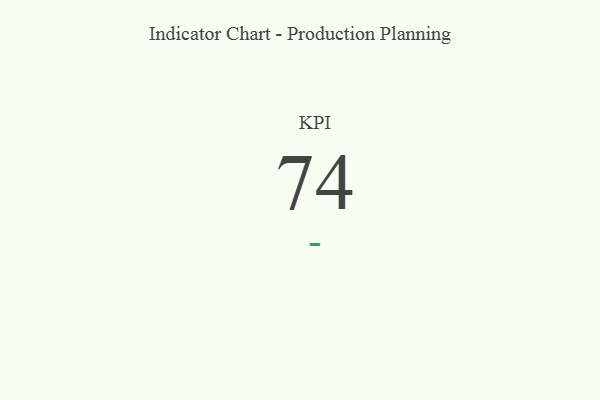
{"axis": {"x": "KPI", "y": "Value"}, "legend": [""], "data": [{"x": "KPI", "y": 74, "type": ""}]}